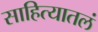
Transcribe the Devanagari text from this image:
साहित्यातलं